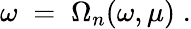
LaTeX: \omega\; =\; \Omega_{n}(\omega,\mu)\; .